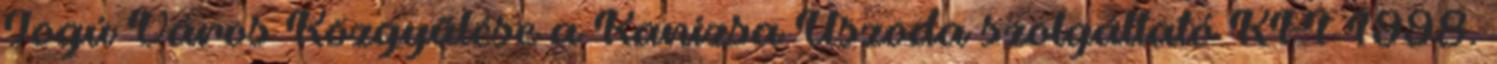
Jogú Város Közgyűlése a Kanizsa Uszoda szolgáltató KFT 1998.